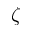
\zeta